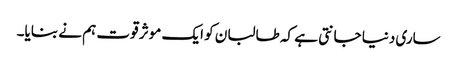
ساری دنیا جانتی ہے کہ طالبان کو ایک موثر قوت ہم نے بنایا۔